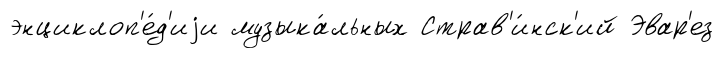
энциклоп'е́д'иjи музыка́льных Страв'и́нск'ий Эвар'ез